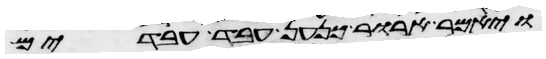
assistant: ויאמר ארור כנען עבד עבדים